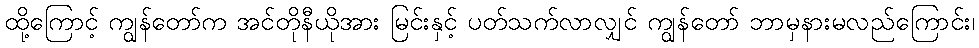
ထို့ကြောင့် ကျွန်တော်က အင်တိုနီယိုအား မြင်းနှင့် ပတ်သက်လာလျှင် ကျွန်တော် ဘာမှနားမလည်ကြောင်း၊